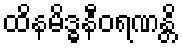
ထိနမိဒ္ဓနီဝရဏန္တိ